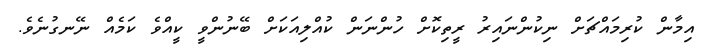
އިމާން ކުރިމައްޗަށް ނިކުންނައިރު ރީތިކޮށް ހުންނަން ކުއްލިއަކަށް ބޭނުންވީ ކީއްވެ ކަމެއް ނޭނގުނެވެ.